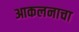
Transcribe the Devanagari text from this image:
आकलनाचा